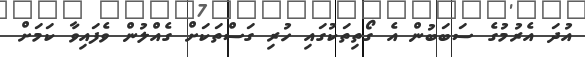
އުދަ އެރުމުގެ ސަބަބުން އެ ގޯތިތަކުގައި ހުރި ގަސްތަކަށް ގެއްލުން ވެފައިވާ ކަމަށް